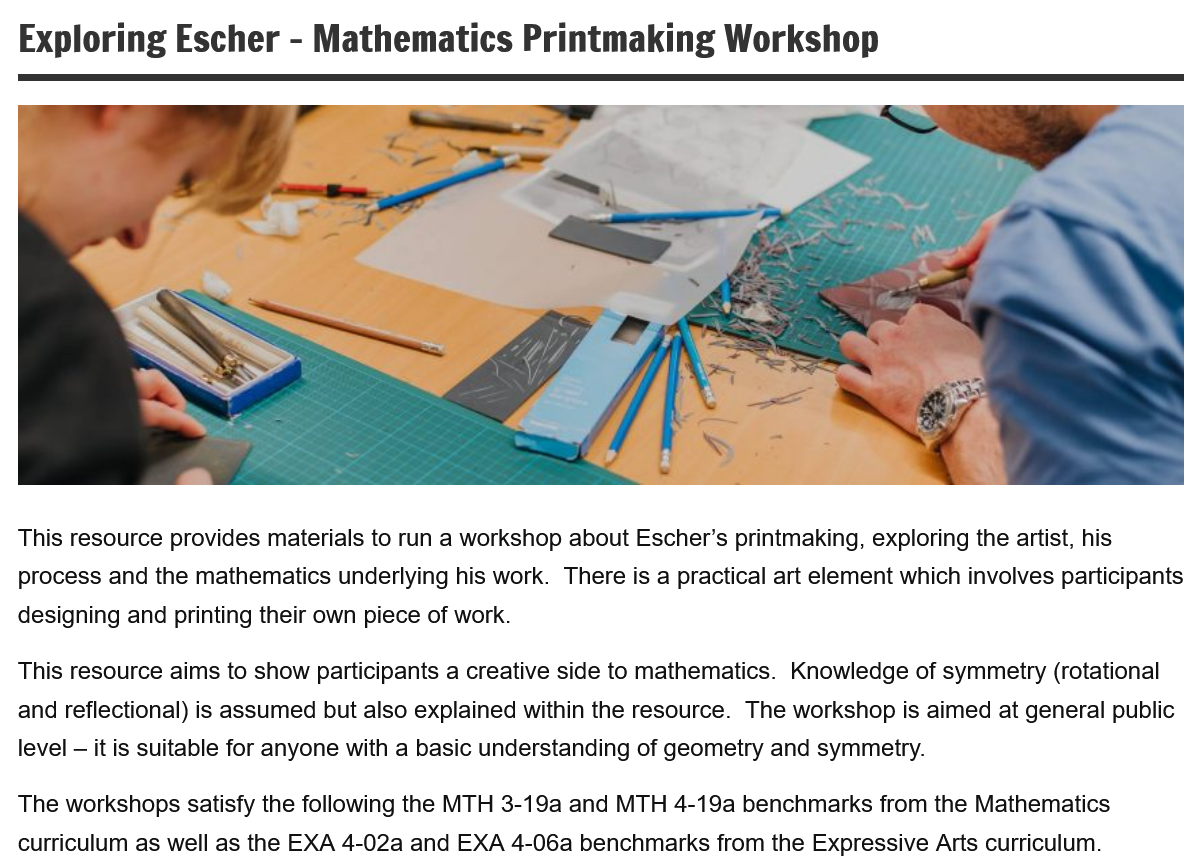
Exploring    Escher
     -
     Mathematics    Printmaking    Workshop
  This resource provides materials to run a workshop about Escher’s printmaking, exploring the artist, his
  process and the mathematics underlying his work. There is a practical art element which involves participants
  designing and printing their own piece of work.
  This resource aims to show participants a creative side to mathematics. Knowledge of symmetry (rotational
  and reflectional) is assumed but also explained within the resource. The workshop is aimed at general public
  level
     —
     it is suitable for anyone with a basic understanding of geometry and symmetry.
  The workshops satisfy the following the MTH 3-19a and MTH 4-19a benchmarks from the Mathematics
  curriculum as well as the EXA 4-02a and EXA 4-06a benchmarks from the Expressive Arts curriculum.